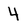
Character: 4